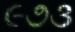
૯૭૩